Annual administration and progress report of the Indian Medical Department, Bombay
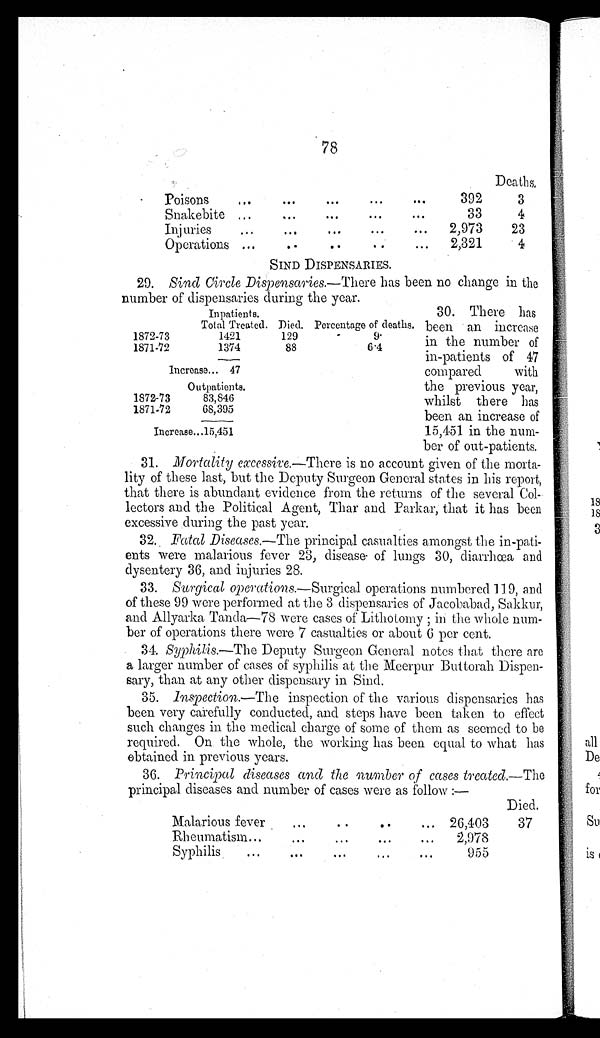
78
Deaths.
Poisons . . .
392
3
Snakebite . . .
33
4
Injuries . . . 2,973
23
Operations . . .
2,321
4
SIND DISPENSARIES.
29. Sind Circle Dispensaries.— There has been no change in the
number of dispensaries during the year.
30. There has
been an increase
in the number of
in-patients of 47
compared with
the previous year,
whilst there has
been an increase of
15,451 in the num
- b e r o f o u t - p a t i e n t s .
31. Mortality excessive.—There is no account given of the morta
- l i t y o f t h e s e l a s t , b u t t h e D e p u t y S u r g e o n G e n e r a l s t a t e s i n h i s r e p o r t ,
that there is abundant evidence from the returns of the several Col
- l e c t o r s a n d t h e P o l i t i c a l A g e n t , T h a r a n d P a r k a r , t h a t i t h a s b e e n
excessive during the past year.
32. Fatal Diseases.— The principal casualties amongst the in-pati
- e n t s w e r e m a l a r i o u s f e v e r 2 3 , d i s e a s e o f l u n g s 3 0 , d i a r r h œ a a n d
dysentery 36, and injuries 28.
33. Surgical operations.— Surgical operations numbered 119, and
of these 99 were performed at the 3 dispensaries of Jacobabad, Sakkur,
and Allyarka Tanda—78 were cases of Lithotomy ; in the whole num
- b e r o f o p e r a t i o n s t h e r e w e r e 7 c a s u a l t i e s o r a b o u t 6 p e r c e n t .
34. Syphilis.—The Deputy Surgeon General notes that there are
a larger number of cases of syphilis at the Meerpur Buttorah Dispen
- s a r y , t h a n a t a n y o t h e r d i s p e n s a r y i n S i n d .
35. Inspection.—The inspection of the various dispensaries has
been very carefully conducted, and steps have been taken to effect
such changes in the medical charge of some of them as seemed to be
required. On the whole, the working has been equal to what has
obtained in previous years.
36. Principal diseases and the number of cases treated.— The
principal diseases and number of cases were as follow:—
Died.
Malarious fever . . .
26,403
37
Rheumatism . . .
2,978
Syphilis . . .
955
In pati ents.
Total Treated. Died. Percentage of deaths.
1872-73
1421
129
9
1871-72
1374
88
6.4
increase . . . 47
Outpatients.
1872-73
83,846
1871-72
68,395
Increase. . .15,451